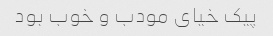
پیک خیای مودب و خوب بود